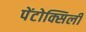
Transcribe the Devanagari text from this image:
पेंटोक्सिली